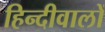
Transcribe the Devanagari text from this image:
हिन्दीवालों